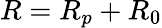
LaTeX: R=R_{p}+R_{0}